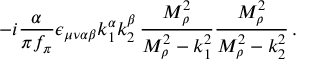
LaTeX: - i \frac { \alpha } { \pi f _ { \pi } } \epsilon _ { \mu \nu \alpha \beta } k _ { 1 } ^ { \alpha } k _ { 2 } ^ { \beta } \, \frac { M _ { \rho } ^ { 2 } } { M _ { \rho } ^ { 2 } - k _ { 1 } ^ { 2 } } \frac { M _ { \rho } ^ { 2 } } { M _ { \rho } ^ { 2 } - k _ { 2 } ^ { 2 } } \, .